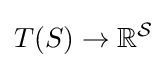
T(S)\to \mathbb {R} ^{\mathcal {S}}